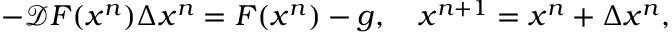
\begin{array} { r } { - \mathcal { D } \boldsymbol { F } ( \boldsymbol { x } ^ { n } ) \Delta \boldsymbol { x } ^ { n } = \boldsymbol { F } ( \boldsymbol { x } ^ { n } ) - \boldsymbol { g } , \quad \boldsymbol { x } ^ { n + 1 } = \boldsymbol { x } ^ { n } + \Delta \boldsymbol { x } ^ { n } , } \end{array}